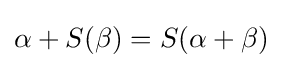
\alpha +S(\beta )=S(\alpha +\beta )